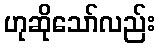
ဟုဆိုသော်လည်း